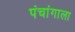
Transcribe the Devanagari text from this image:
पंचांगाला